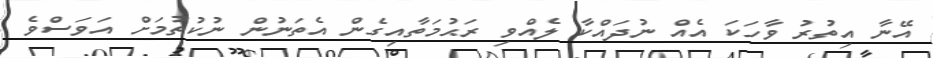
އޭނާ އިތުރު ވާހަކަ އެއް ނުދައްކާ ލެއްވި ރަޙުމަތާއިގެން އެތަނުން ނުކުތުމަށް އަވަސްވެ